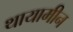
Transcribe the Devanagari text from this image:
थायामीन